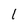
Character: 1